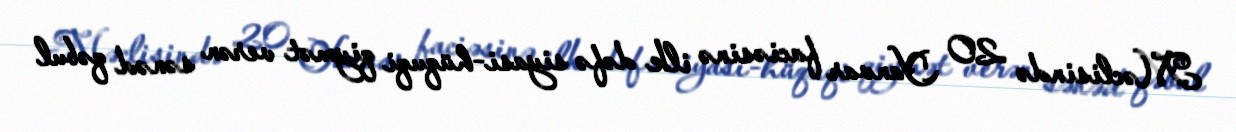
Məclisində 20 Yanvar faciəsinə ilk dəfə siyasi-hüquqi qiymət verən sənəd qəbul